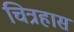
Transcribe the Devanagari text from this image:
चित्रहास